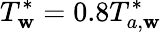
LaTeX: T_{\mathbf{w}}^{\ast}=0.8T_{a,\mathbf{w}}^{\ast}